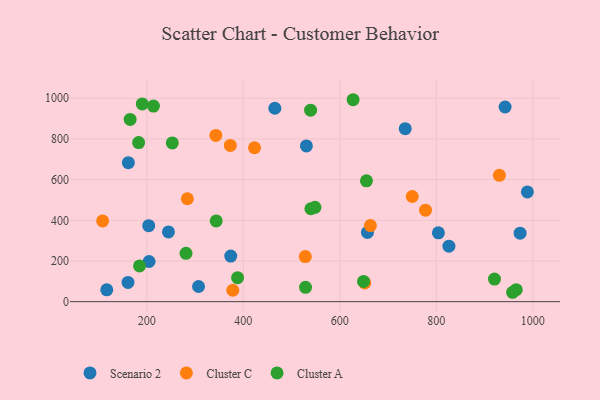
{"axis": {"x": "Investment", "y": "Exam Score"}, "legend": ["Cluster A", "Cluster C", "Scenario 2"], "data": [{"x": "988.8", "y": 539.5, "type": "Scenario 2"}, {"x": "117.1", "y": 58.0, "type": "Scenario 2"}, {"x": "161.1", "y": 94.7, "type": "Scenario 2"}, {"x": "204.8", "y": 197.5, "type": "Scenario 2"}, {"x": "204.0", "y": 373.8, "type": "Scenario 2"}, {"x": "307.3", "y": 74.6, "type": "Scenario 2"}, {"x": "942.6", "y": 957.1, "type": "Scenario 2"}, {"x": "465.4", "y": 951.0, "type": "Scenario 2"}, {"x": "374.0", "y": 224.1, "type": "Scenario 2"}, {"x": "530.8", "y": 765.6, "type": "Scenario 2"}, {"x": "735.6", "y": 850.6, "type": "Scenario 2"}, {"x": "244.9", "y": 342.9, "type": "Scenario 2"}, {"x": "657.4", "y": 340.4, "type": "Scenario 2"}, {"x": "826.2", "y": 272.8, "type": "Scenario 2"}, {"x": "804.4", "y": 338.7, "type": "Scenario 2"}, {"x": "973.7", "y": 336.5, "type": "Scenario 2"}, {"x": "161.8", "y": 683.1, "type": "Scenario 2"}, {"x": "343.1", "y": 817.4, "type": "Cluster C"}, {"x": "373.2", "y": 768.0, "type": "Cluster C"}, {"x": "423.3", "y": 756.6, "type": "Cluster C"}, {"x": "284.1", "y": 506.1, "type": "Cluster C"}, {"x": "528.5", "y": 221.8, "type": "Cluster C"}, {"x": "108.5", "y": 396.9, "type": "Cluster C"}, {"x": "930.8", "y": 621.3, "type": "Cluster C"}, {"x": "378.3", "y": 56.2, "type": "Cluster C"}, {"x": "777.7", "y": 449.7, "type": "Cluster C"}, {"x": "750.2", "y": 517.0, "type": "Cluster C"}, {"x": "651.8", "y": 92.0, "type": "Cluster C"}, {"x": "663.4", "y": 374.0, "type": "Cluster C"}, {"x": "649.3", "y": 99.6, "type": "Cluster A"}, {"x": "213.8", "y": 961.4, "type": "Cluster A"}, {"x": "920.6", "y": 111.1, "type": "Cluster A"}, {"x": "529.0", "y": 70.5, "type": "Cluster A"}, {"x": "281.3", "y": 237.9, "type": "Cluster A"}, {"x": "252.9", "y": 780.2, "type": "Cluster A"}, {"x": "183.1", "y": 781.9, "type": "Cluster A"}, {"x": "165.5", "y": 896.0, "type": "Cluster A"}, {"x": "343.9", "y": 396.9, "type": "Cluster A"}, {"x": "627.6", "y": 992.8, "type": "Cluster A"}, {"x": "388.2", "y": 117.9, "type": "Cluster A"}, {"x": "185.0", "y": 175.9, "type": "Cluster A"}, {"x": "548.5", "y": 463.7, "type": "Cluster A"}, {"x": "539.5", "y": 941.6, "type": "Cluster A"}, {"x": "540.1", "y": 456.7, "type": "Cluster A"}, {"x": "965.7", "y": 59.1, "type": "Cluster A"}, {"x": "958.2", "y": 46.2, "type": "Cluster A"}, {"x": "190.6", "y": 972.1, "type": "Cluster A"}, {"x": "655.3", "y": 594.2, "type": "Cluster A"}]}